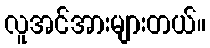
လူအင်အားများတယ်။